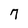
Character: 7